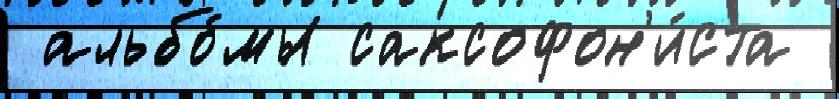
 альбо́мы саксофон'и́ста